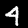
Label: 4